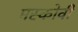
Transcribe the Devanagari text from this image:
मस्कोवी